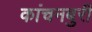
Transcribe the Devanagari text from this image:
कांचनबुरी